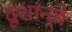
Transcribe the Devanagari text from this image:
दूशान्बे